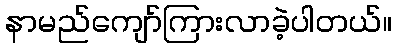
နာမည်ကျော်ကြားလာခဲ့ပါတယ်။